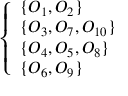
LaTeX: \left\{ \begin{array} { l l } { \{ O _ { 1 } , O _ { 2 } \} } \\ { \{ O _ { 3 } , O _ { 7 } , O _ { 1 0 } \} } \\ { \{ O _ { 4 } , O _ { 5 } , O _ { 8 } \} } \\ { \{ O _ { 6 } , O _ { 9 } \} } \end{array} \right.